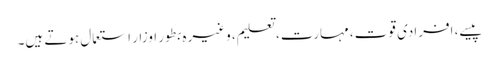
پیسے، افرادی قوت، مہارت، تعلیم، وغیرہ بطور اوزار استعمال ہوتے ہیں۔